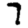
Digit: 7